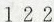
1 2 2